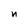
Character: n